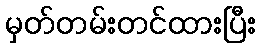
မှတ်တမ်းတင်ထားပြီး